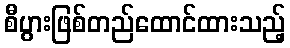
စီပွားဖြစ်တည်ထောင်ထားသည့်